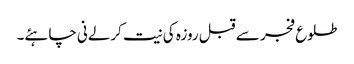
طلوع فجر سے قبل روزہ کی نیت کرلےنی چاہئے۔